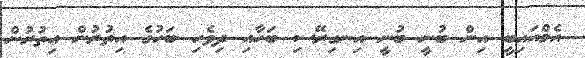
އެމްއައިބީ އިން ބުނީ ބުނީ އިނގިރޭސި ބަހާއި ދިވެހި ބަހުގެ އިތުރުން އިތުރުން